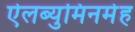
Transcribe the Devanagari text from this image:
ऐलब्युमिनमेह